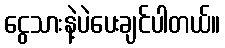
ငွေသားနဲ့ပဲပေးချင်ပါတယ်။